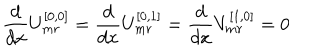
LaTeX: \frac { d } { d x } U _ { m r } ^ { [ 0 , 0 ] } = \frac { d } { d x } U _ { m r } ^ { [ 0 , 1 ] } = \frac { d } { d x } V _ { m r } ^ { [ 1 , 0 ] } = 0